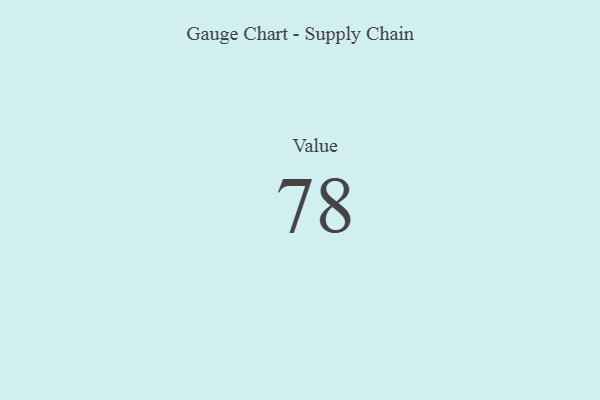
{"axis": {"x": "Metric", "y": "Value"}, "legend": [""], "data": [{"x": "Value", "y": 78, "type": ""}]}